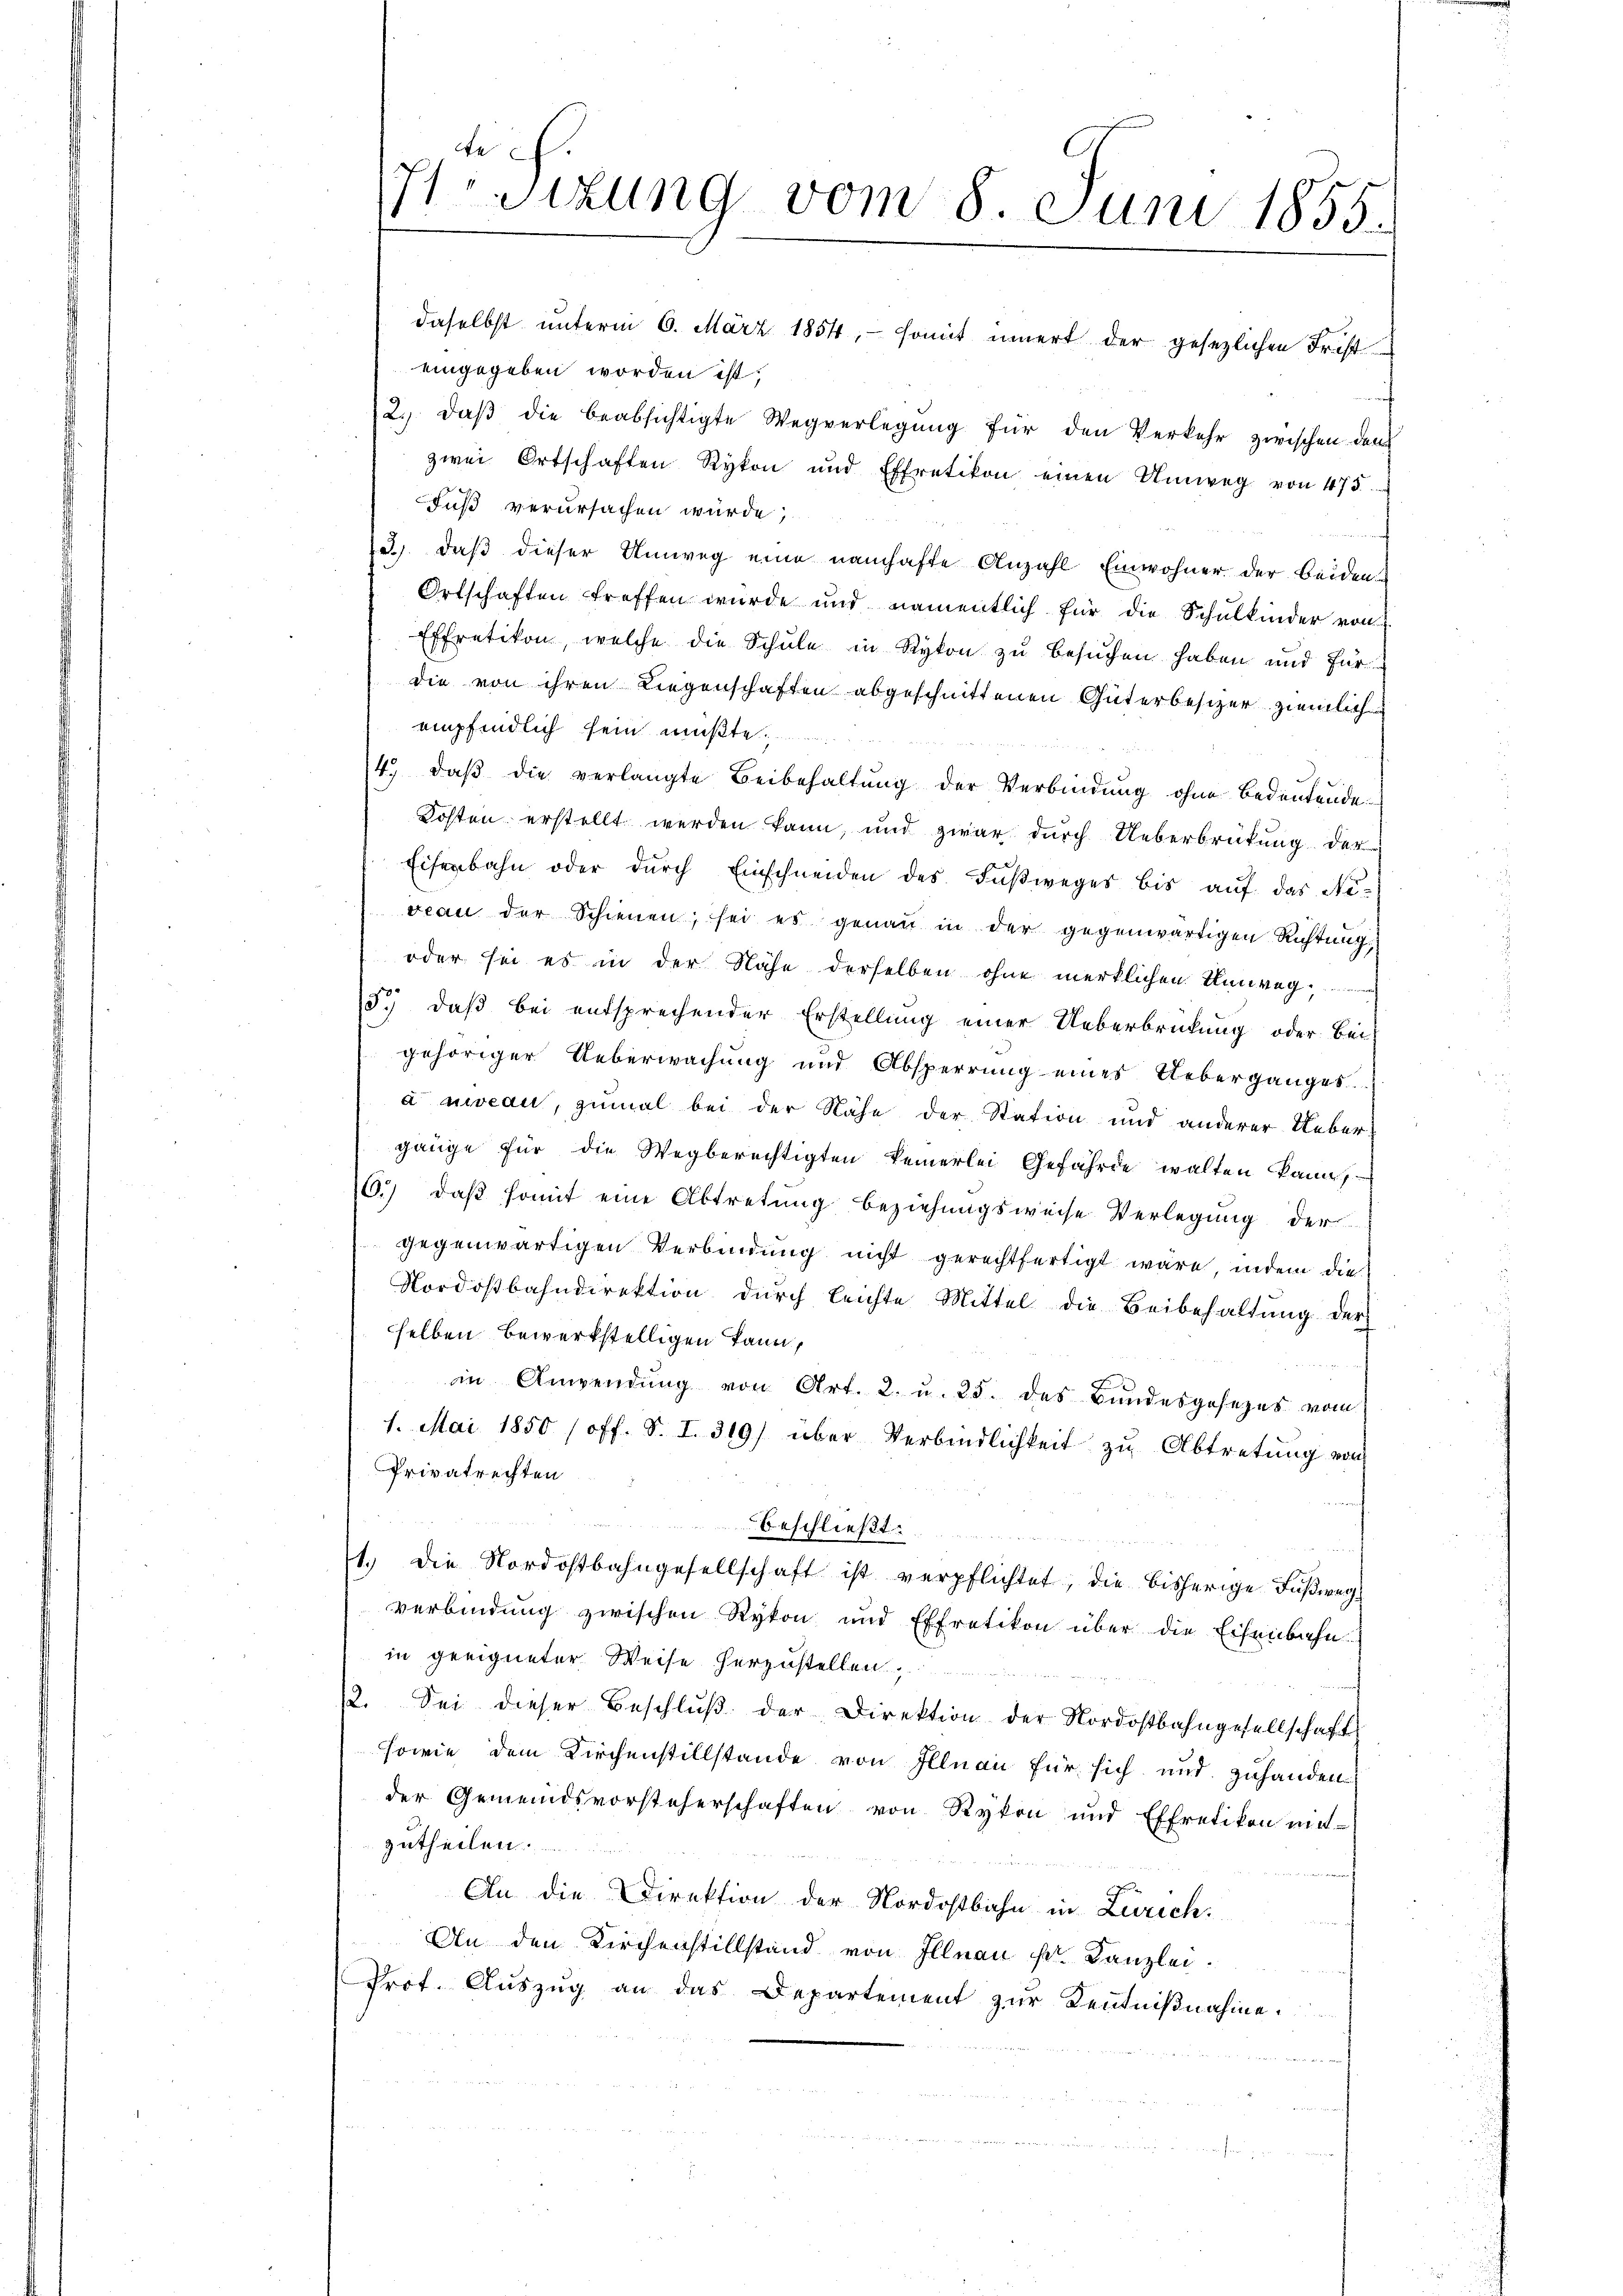
71 Sizung vom 8. Juni 1855.

daselbst unterm 6. März 1854, somit innert der gesezlichen Frist
eingegeben worden ist;
2. daβ die beabsichtigte Wegverlegŭng für den Verkehr zwischen den
zwei Ortschaften Rykon und Effretikon einen Umweg von 475
Fuß verursachen würde;
3) daß dieser Umweg eine namhafte Anzahl Einwohner der beiden-
Ortschaften treffen wurde und namentlich für die Schŭlkinder von
Effretikon, welche die Schule in Rykon zu besuchen haben und für
die von ihren Liegenschaften abgeschnittenen Güterbesizer ziemlich
empfindlich sein mußte.
4. daβ die verlangte Beibehaltŭng der Verbindŭng ohne Bedeutende
Kosten erstellt werden kann, und zwar durch Ueberbrückung der
Eisenbahn oder dŭrch Einschneiden des Faβweges bis aŭf das Niveau der Schienen, sei es genau in der gegenwärtigen Richtung
oder sei es in der Nähe derselben ohne merklichen Unweg
5.) daß bei entsprechender Erstellung einer Ueberbrückung oder Bei-
gehöriger Ueberwachung und Absperrung eines Ueberganges
à niveau, zumal bei der Nähe der Station und anderer Uebergange für die Wegberechtigten keinerlei Gefährde walten kann
6.) daβ somit eine Abtretung beziehungsweise Verlegung der
gegenwärtigen Verbindung nicht gerechtfertigt wäre, indem die
Nordostbahndirektion dŭrch leichte Mittel die Beibehaltŭng der
selben bewerkstelligen kann,
in Anwendŭng von Art. 2. u. 25. des Bŭndesgesezes vom
1. Mai 1850 (off. S. I. 319) über Verbindlichkeit zŭ Abtretung von
Privatrechten
beschließt:
1.) Die Nordostbahngesellschaft ist verpflichtet, die bisherige Fußwegverbindung zwischen Rykon und Effretikon über die Eisenbahn
in geeigneter Weise herzustellen,
/2. Sei dieser Beschlŭβ der Direktion der Nordostbahngesellschaft
sowie dem Kirchenstillstände von Illnau für sich und zuhanden
der Gemeindsvorsteherschaften von Rykon und Effretikon mit-
zutheilen.
An die Direktion der Nordostbahn in Zürich.
An den Kirchenstillstand von Illnau sr. Kanzlei.
Prot. Auszug an das Departement zur Kentnißnahme.